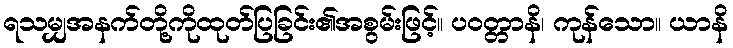
ရသမျှအနက်တို့ကိုထုတ်ပြခြင်း၏အစွမ်းဖြင့်။ ပဝတ္တာနိ၊ ကုန်သော။ ယာနိ